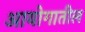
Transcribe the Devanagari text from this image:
आयोगातील